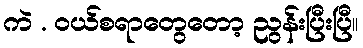
ကဲ . ဝယ်စရာတွေတော့ ညွန်းပြီးပြီ။